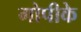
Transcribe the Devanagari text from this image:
गोपीके